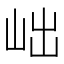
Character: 𡶏